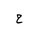
Letter: _ha